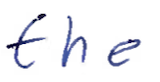
Text: the
Cross-out: clean
Writing tool: ballpoint